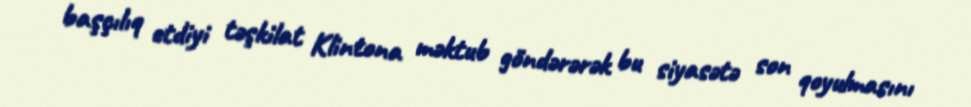
başçılıq etdiyi təşkilat Klintona məktub göndərərək bu siyasətə son qoyulmasını